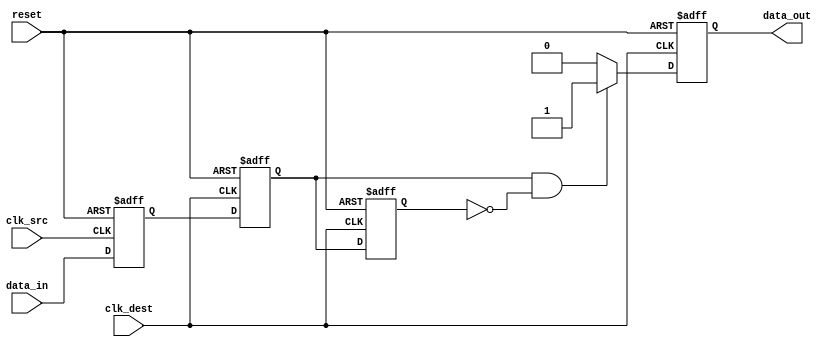
module pulsed_synchronizer (
    input wire clk_src,         // Source clock
    input wire clk_dest,        // Destination clock
    input wire data_in,         // Asynchronous input signal from clk_src domain
    input wire reset,           // Asynchronous reset
    output reg data_out         // Pulsed output signal in clk_dest domain
);

    // Internal signals for the double-flop synchronization
    reg sync_ff1;               // First flip-flop output
    reg sync_ff2;               // Second flip-flop output

    // Synchronization process
    always @(posedge clk_src or posedge reset) begin
        if (reset) begin
            sync_ff1 <= 1'b0;
        end else begin
            sync_ff1 <= data_in; // Capture data_in on rising edge of clk_src
        end
    end

    always @(posedge clk_dest or posedge reset) begin
        if (reset) begin
            sync_ff2 <= 1'b0;
        end else begin
            sync_ff2 <= sync_ff1; // Capture sync_ff1 on rising edge of clk_dest
        end
    end

    // Pulse generation logic
    reg last_sync_ff2;          // To track the previous state of sync_ff2

    always @(posedge clk_dest or posedge reset) begin
        if (reset) begin
            last_sync_ff2 <= 1'b0;
            data_out <= 1'b0;
        end else begin
            // Generate a pulse on data_out when sync_ff2 transitions from 0 to 1
            if (sync_ff2 && !last_sync_ff2) begin
                data_out <= 1'b1; // Generate pulse
            end else begin
                data_out <= 1'b0; // Hold low otherwise
            end
            last_sync_ff2 <= sync_ff2; // Update last state
        end
    end

endmodule